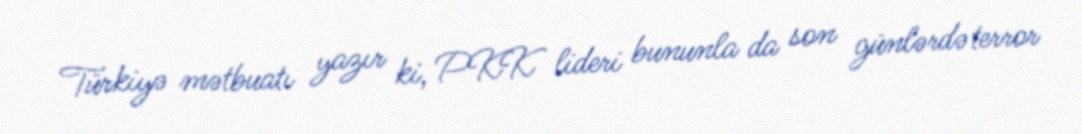
Türkiyə mətbuatı yazır ki, PKK lideri bununla da son günlərdə terror